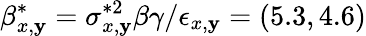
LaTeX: \beta_{x,\mathbf{y}}^{*}=\sigma_{x,\mathbf{y}}^{*2}\beta\gamma/\epsilon_{x,\mathbf{y}}=(5.3,4.6)